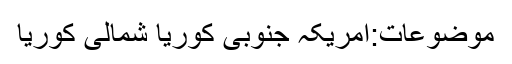
موضوعات:امریکہ جنوبی کوریا شمالی کوریا